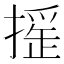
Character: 𢳸